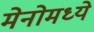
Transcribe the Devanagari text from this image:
मेनोमध्ये